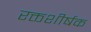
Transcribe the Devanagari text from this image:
रक्तशीर्षक